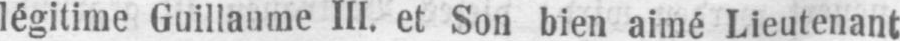
légitime Guillaume III. et Son bien aimé Lieutenant